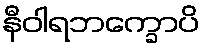
နီဝါရဘက္ခောပိ